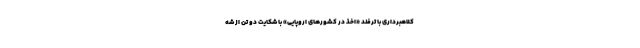
کلاهبرداری با ترفند «اخذ در کشورهای اروپایی» با شکایت دو تن از شه